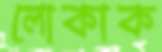
লোকাক